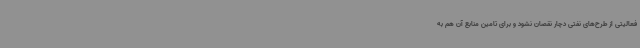
فعالیتی از طرح‌های نفتی دچار نقصان نشود و برای تامین منابع آن هم به